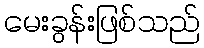
မေးခွန်းဖြစ်သည်